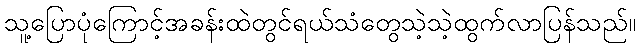
သူ့ပြောပုံကြောင့်အခန်းထဲတွင်ရယ်သံတွေသဲ့သဲ့ထွက်လာပြန်သည်။